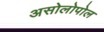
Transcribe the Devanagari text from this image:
असोलोपोल